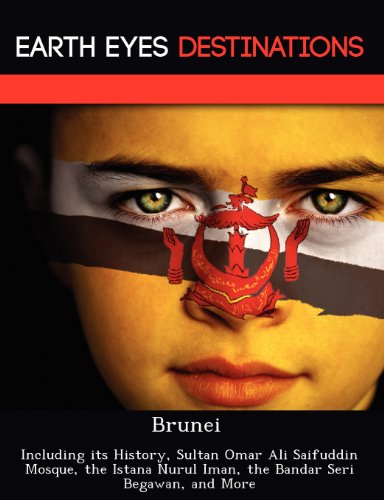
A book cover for Brunei: Including its History, Sultan Omar Ali Saifuddin Mosque, the Istana Nurul Iman, the Bandar Seri Begawan, and More; Sandra Wilkins; Travel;